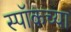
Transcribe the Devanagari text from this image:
स्पॉकच्या